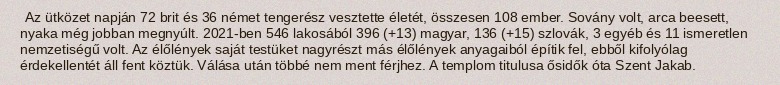
Az ütközet napján 72 brit és 36 német tengerész vesztette életét, összesen 108 ember. Sovány volt, arca beesett, nyaka még jobban megnyúlt. 2021-ben 546 lakosából 396 (+13) magyar, 136 (+15) szlovák, 3 egyéb és 11 ismeretlen nemzetiségű volt. Az élőlények saját testüket nagyrészt más élőlények anyagaiból építik fel, ebből kifolyólag érdekellentét áll fent köztük. Válása után többé nem ment férjhez. A templom titulusa ősidők óta Szent Jakab.